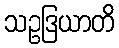
သဥဒြယာတိ